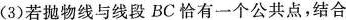
(3)若抛物线与线段BC恰有一个公共点，结合